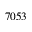
7 0 5 3